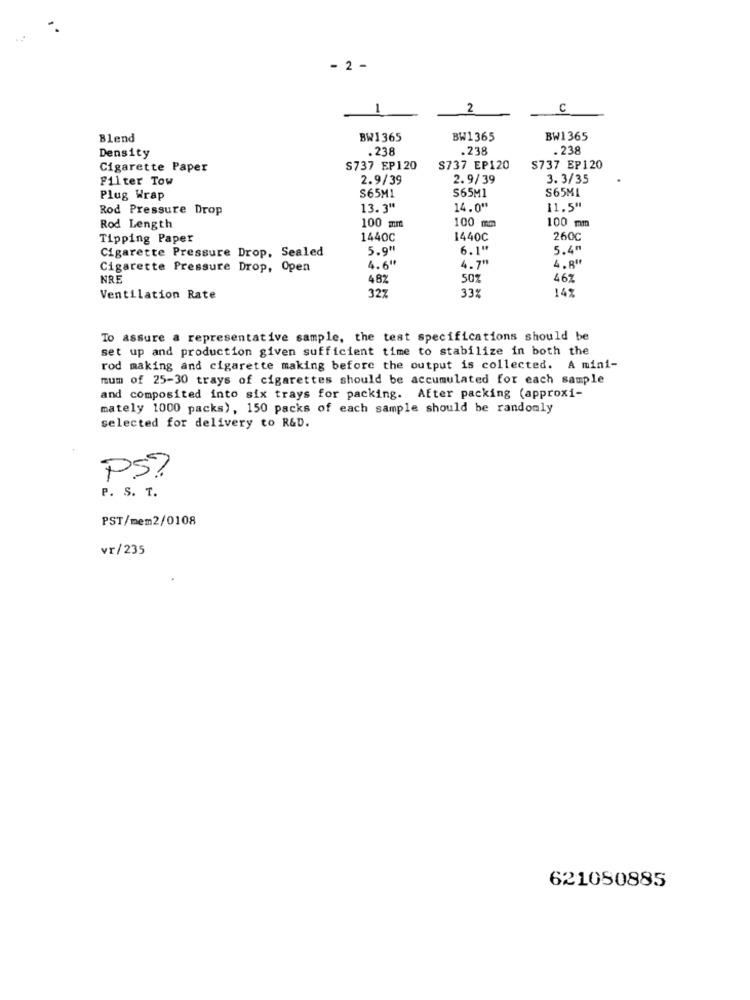
- 2 -
1
2
C
Blend
BW1365
BW1365
BW1365
.238
.238
. 238
Density
Cigarette Paper
$737 EP120
S737 EP120
$737 EP120
Filter Tow
2.9/39
2.9/39
3.3/35
S65M1
S65M1
S65ML
Plug Wrap
Rod Pressure Drop
13.3"
14.0"
11.5"
Rod Length
100 mm
100 mm
100 mm
Tipping Paper
1440C
1440C
260
Cigarette Pressure Drop, Sealed
5.9"
6.1"
5.4"
4.7"
Cigarette Pressure Drop, Open
4.6"
4.8"
NRE
48%
50%
46Z
327
33%
142
Ventilation Rate
To assure a representative sample, the test specifications should be
set up and production given sufficient time to stabilize in both the
rod making and cigarette making before the output is collected. A mini-
mum of 25-30 trays of cigarettes should be accumulated for each sample
and composited into six trays for packing. After packing (approxi-
mately 1000 packs), 150 packs of each sample should be randomly
selected for delivery to R&D.
PS?
P. S. T.
PST/mem2/0108
vr/235
621080885